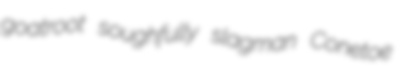
goatroot soughfully slagman Conetoe